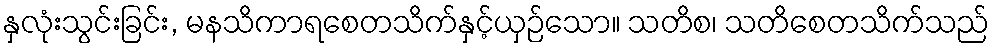
နှလုံးသွင်းခြင်း, မနသိကာရစေတသိက်နှင့်ယှဉ်သော။ သတိစ၊ သတိစေတသိက်သည်